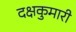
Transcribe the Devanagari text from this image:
दक्षकुमारी